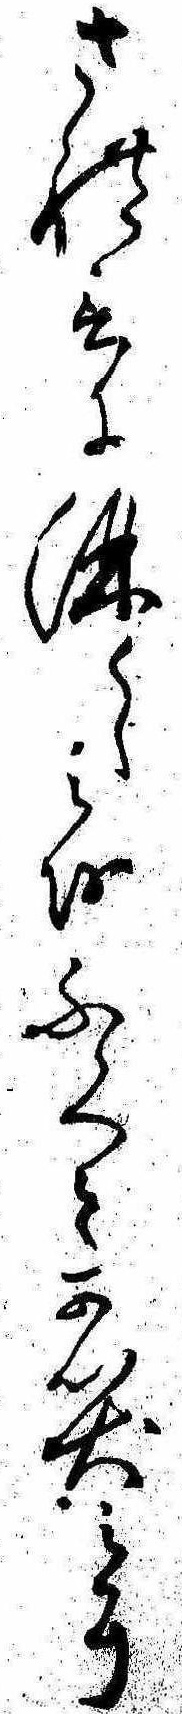
され言に淋しみをふくみ可笑みに